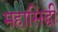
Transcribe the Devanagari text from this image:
महासिद्धी